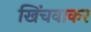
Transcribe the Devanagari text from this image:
खिंचवाकर